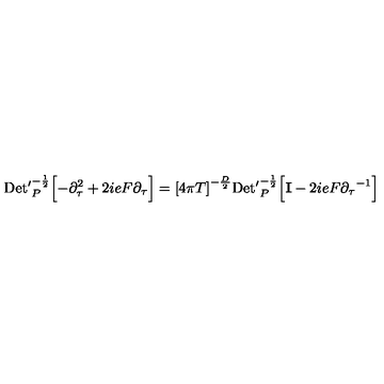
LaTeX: \mathrm { D e t ^ { \prime } } _ { P } ^ { - { \frac { 1 } { 2 } } } \Bigl [ - { \partial } _ { \tau } ^ { 2 } + 2 i e F { \partial } _ { \tau } \Bigr ] = { \lbrack 4 \pi T \rbrack } ^ { - { \frac { D } { 2 } } } \mathrm { D e t ^ { \prime } } _ { P } ^ { - { \frac { 1 } { 2 } } } \Bigl [ { \bf I } - 2 i e F { { \partial } _ { \tau } } ^ { - 1 } \Bigr ] \quad